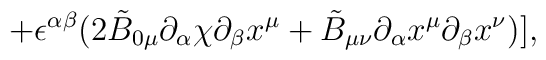
\hspace{20mm} +\epsilon^{\alpha \beta}(2\tilde{B}_{0 \mu}{\partial_\alpha}{\chi}{\partial_\beta}{x^\mu}+\tilde{B}_{\mu \nu}{\partial_\alpha}{x^\mu}{\partial_\beta}{x^\nu})],